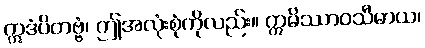
ဣဒံပိတဗ္ဗံ၊ ဤအလုံးစုံကိုလည်း။ ဣမိဿာဝသီမာယ၊